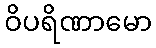
ဝိပရိဏာမော